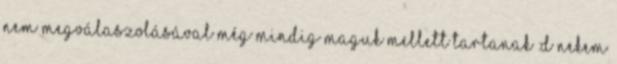
nem megválaszolásával még mindig maguk mellett tartanak :D Nekem